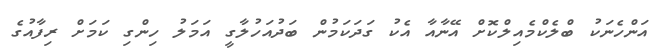
އަންހެނަކު ބްލެކްމެއިލްކޮށް އޭނާއާ އެކު ގަދަކަމުން ބަދުއަހުލާގީ އަމަލު ހިންގި ކަމަށް ރިފާއުގެ